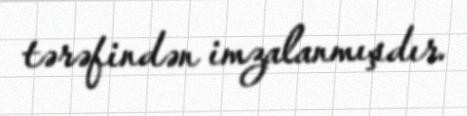
tərəfindən imzalanmışdır.